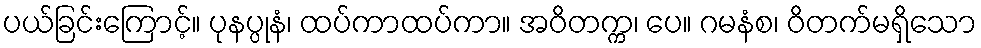
ပယ်ခြင်းကြောင့်။ ပုနပ္ပုနံ၊ ထပ်ကာထပ်ကာ။ အဝိတက္က၊ ပေ။ ဂမနံစ၊ ဝိတက်မရှိသော